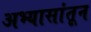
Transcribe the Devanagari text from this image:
अभ्यासांतून